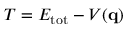
T = E _ { \mathrm { t o t } } - V ( \mathbf { q } )